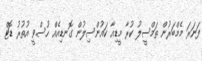
ފަނަރަ މެމްބަރުން ތަމްސީލު ކުރާ މީޑިއާ ކައުންސިލުން ގޮނޑިއެއް ހުސްވީ އުތުރު ޑޮޓް